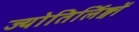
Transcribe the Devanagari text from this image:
ज्योतिर्लिङ्गों